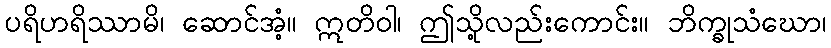
ပရိဟရိဿာမိ၊ ဆောင်အံ့။ ဣတိဝါ၊ ဤသို့လည်းကောင်း။ ဘိက္ခုသံဃော၊